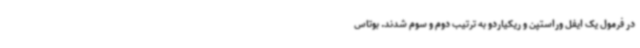
در فرمول یک ایفل وراستپن و ریکیاردو به ترتیب دوم و سوم شدند. بوتاس